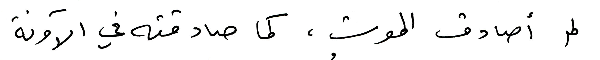
لم أصادق الموت، كما صادقته في الآونة